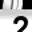
Digit: 2